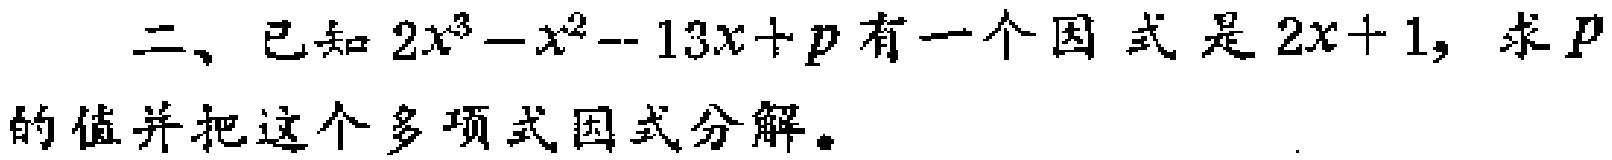
二、已知\(2x^{3}-x^{2}-13x + p\)有一个因式是\(2x + 1\)，求\(p\)的值并把这个多项式因式分解。